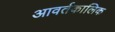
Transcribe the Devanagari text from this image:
आवर्तकालिक